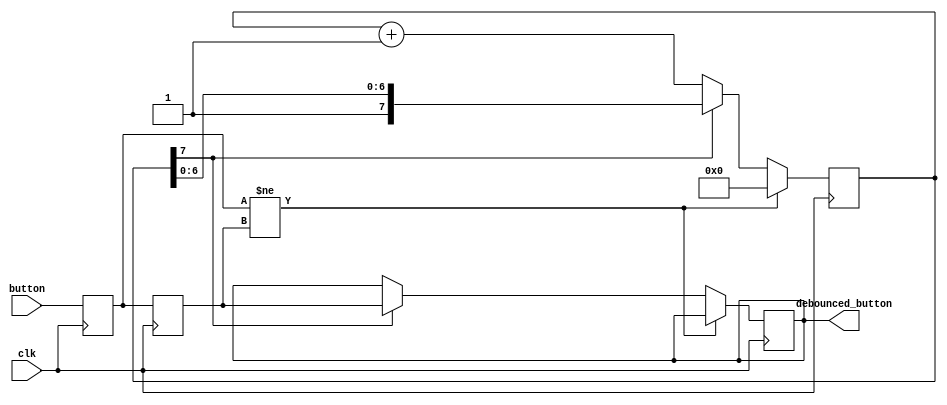

//
// This is a simple debouncer that will output the input signal after it has been stable for 128 clocks.
//

module debounce (
    input wire clk,
    input wire button,
    output wire debounced_button
);
    reg [7:0]  counter = 0;  // use high bit to flag completion
    reg        debounced_button_reg = 0;
    reg        buf_button = 0;
    reg        last_button = 0;


    always @(posedge clk) begin
        buf_button <= button;
        last_button <= buf_button;

        if (buf_button != last_button) begin
            counter <= 0;
        end else if (counter[7] == 0) begin
            counter <= counter + 1;
        end else begin
            debounced_button_reg <= last_button;
        end
    end

    assign debounced_button = debounced_button_reg;
endmodule